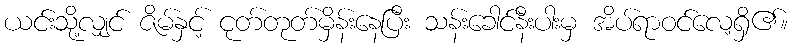
ယင်းသို့လျှင် ဇိမ်နှင့် ငုတ်တုတ်မှိန်းနေပြီး သန်းခေါင်နီးပါးမှ အိပ်ရာဝင်လေ့ရှိ၏။